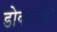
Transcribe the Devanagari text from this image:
डोक्यानेही